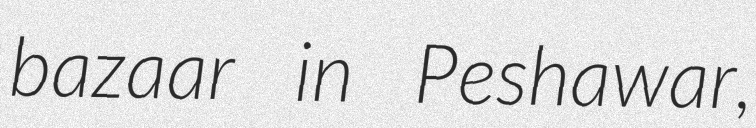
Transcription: bazaar in Peshawar,